system: You are a helpful assistant.
user:
Analyze the provided spectrum to determine if it is a **M-type Giant (gM)**.

A M-type Giant spectrum is defined by its **strong molecular absorption** features, particularly from **Titanium Oxide (TiO)**. You must check for one of the following mutually exclusive signatures:

- **Key Visual Indicators (Absorption-Dominated Spectrum):**

    - **(Primary):** The spectrum is dominated by strong molecular absorption from **Titanium Oxide (TiO)**. This is the **defining feature** of its M-type temperature class.
        - **(Key Bandheads):** Look for sharp, "saw-tooth" absorption valleys. The strongest are located near **~7050 Å**, **~6160 Å**, and **~5170 Å**.
        - **(Line Profile):** The "saw-tooth" morphology is critical: a **sharp, steep drop on the BLUE (short-wavelength) side** of the bandhead, followed by a gradual recovery (rising flux) towards the RED (long-wavelength) side.

    - **(Key Confirmation - Giant vs. Dwarf):** **ABSENCE** of strong **Calcium Hydride (CaH)** molecular bands. This is the primary diagnostic for *excluding* M-dwarfs.
        - **(Key Region):** The spectrum should lack the strong, broad absorption band seen in dwarfs between **~6800 Å and ~7000 Å**.

    - **(Secondary Confirmation - Giant):** A very strong and broad **Neutral Calcium (Ca I)** atomic absorption line.
        - **(Key Line):** Located at **~4226 Å**. In a giant (gM), this line is significantly deeper and broader than the same line in an M-dwarf (dM) due to low surface gravity.

    - **(Overall Spectrum):**
        - The continuum is **extremely red-sloping** (i.e., flux is very low in the blue and rises dramatically towards the red).
        - The entire spectrum appears "chopped up" by the deep TiO bands.

Think first, call **spectral_visualization_tool** if needed to examine features in detail, then provide your final answer. Your response must adhere to the following strict rules:
1.  **Overall Structure:** Your response must follow the format `<think>...</think> <tool_call>...</tool_call> (if a tool is used) <answer>...</answer>`.
2.  **Tool Usage Constraint:** You may only make **one** tool call per turn.
3.  **Final Answer Format:** In the `<answer>` tag, your conclusion must be inside a `\boxed{}` command (e.g., `\boxed{YES}` or `\boxed{NO}`), followed by your justification.

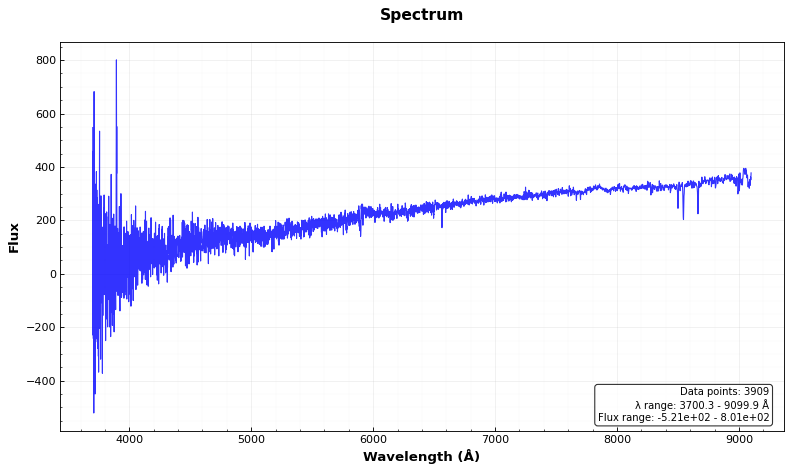
Answer: NO